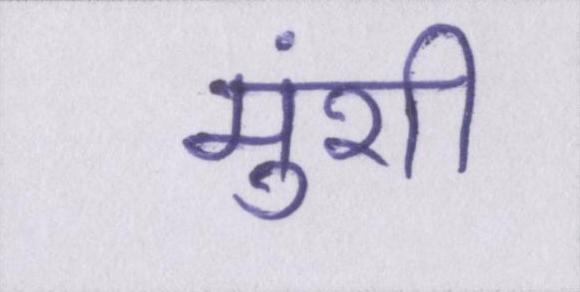
मुंशी